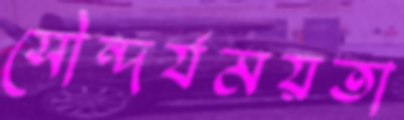
সৌন্দর্যময়তা